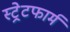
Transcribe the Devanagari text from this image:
स्ट्रेटफार्म